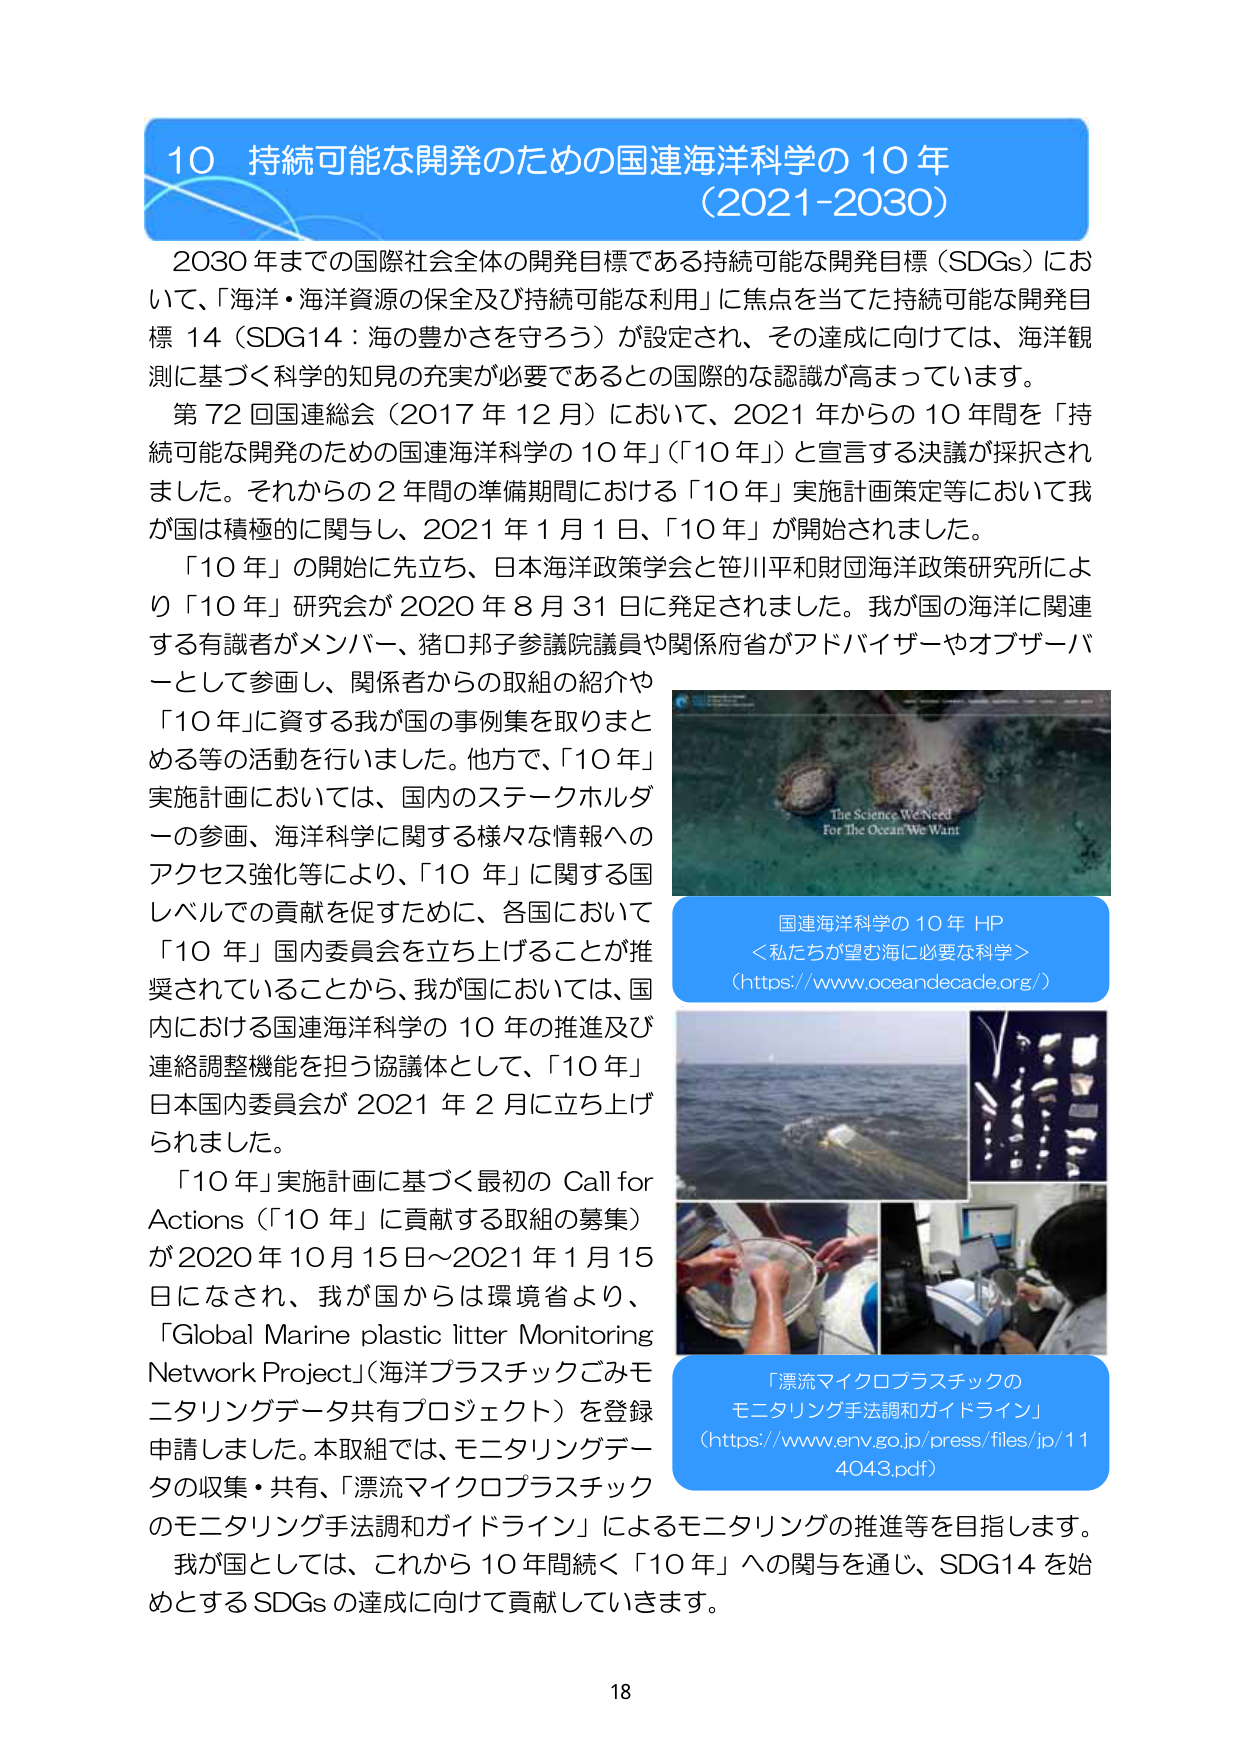
10 持続可能な開発のための国連海洋科学の 10 年
（2021-2030）

2030 年までの国際社会全体の開発目標である持続可能な開発目標（SDGs）において、「海洋・海洋資源の保全及び持続可能な利用」に焦点を当てた持続可能な開発目標 14（SDG14：海の豊かさを守ろう）が設定され、その達成に向けては、海洋観測に基づく科学的知見の充実が必要であるとの国際的な認識が高まっています。

第 72 回国連総会（2017 年 12 月）において、2021 年からの 10 年間を「持続可能な開発のための国連海洋科学の 10 年」（「10 年」）と宣言する決議が採択されました。それからの 2 年間の準備期間における「10 年」実施計画策定等において我が国は積極的に関与し、2021 年 1 月 1 日、「10 年」が開始されました。

「10 年」の開始に先立ち、日本海洋政策学会と笹川平和財団海洋政策研究所により「10 年」研究会が 2020 年 8 月 31 日に発足されました。我が国の海洋に関連する有識者がメンバー、猪口邦子参議院議員や関係府省がアドバイザーやオブザーバーとして参画し、関係者からの取組の紹介や「10 年」に資する我が国の事例集を取りまとめる等の活動を行いました。他方で、「10 年」実施計画においては、国内のステークホルダーの参画、海洋科学に関する様々な情報へのアクセス強化等により、「10 年」に関する国レベルでの貢献を促すために、各国において「10 年」国内委員会を立ち上げることが推奨されていることから、我が国においては、国内における国連海洋科学の 10 年の推進及び連絡調整機能を担う協議体として、「10 年」日本国内委員会が 2021 年 2 月に立ち上げられました。

「10 年」実施計画に基づく最初の Call for Actions（「10 年」に貢献する取組の募集）が 2020 年 10 月 15 日～2021 年 1 月 15 日になされ、我が国からは環境省より、「Global Marine plastic litter Monitoring Network Project」（海洋プラスチックごみモニタリングデータ共有プロジェクト）を登録申請しました。本取組では、モニタリングデータの収集・共有、「漂流マイクロプラスチックのモニタリング手法調和ガイドライン」によるモニタリングの推進等を目指します。

我が国としては、これから 10 年間続く「10 年」への関与を通じ、SDG14 を始めとする SDGs の達成に向けて貢献していきます。

The Science We Need
For The Ocean We Want

国連海洋科学の 10 年 HP
＜私たちが望む海に必要な科学＞
（https://www.oceandecade.org/）

「漂流マイクロプラスチックの
モニタリング手法調和ガイドライン」
（https://www.env.go.jp/press/files/jp/114043.pdf）

18